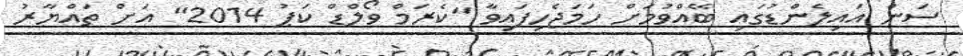
ސަން އައިލެންޑުގައި ބޭއްވުމަށް ހަމަޖެހިފައިވާ "ކެރަމް ވޯލްޑް ކަޕު 2014" އަށް ތައްޔާރު